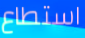
استطاع